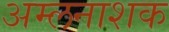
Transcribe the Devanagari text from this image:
अम्लनाशक